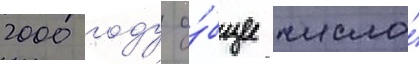
2000 году о́бщее число́